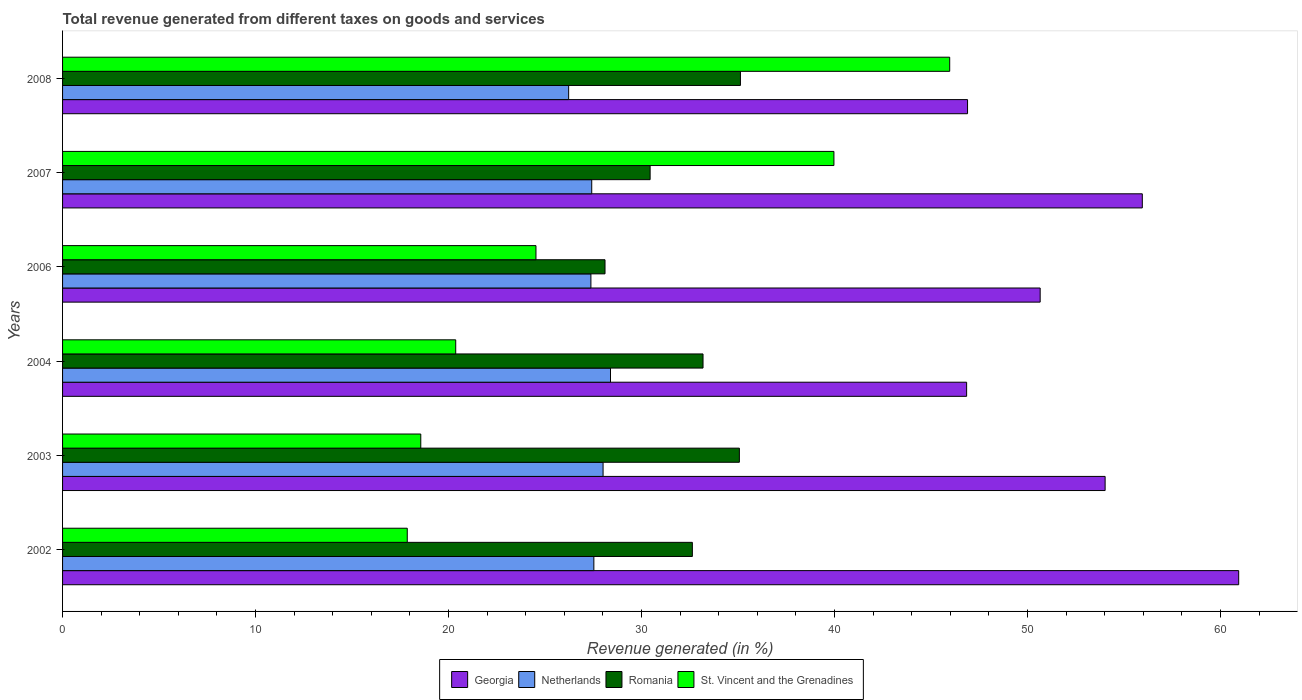
| Years | Georgia | Netherlands | Romania | St. Vincent and the Grenadines |
 | --- | --- | --- | --- | --- |
 | 2002 | 60.9 | 27.5 | 32.6 | 17.9 |
 | 2003 | 54 | 28 | 35.1 | 18.6 |
 | 2004 | 46.8 | 28.4 | 33.2 | 20.4 |
 | 2006 | 50.7 | 27.4 | 28.1 | 24.5 |
 | 2007 | 56 | 27.4 | 30.4 | 40 |
 | 2008 | 46.9 | 26.2 | 35.1 | 46 |